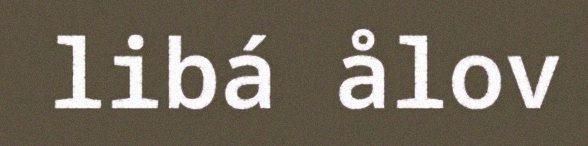
libá ålov